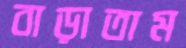
বাড়াতাম